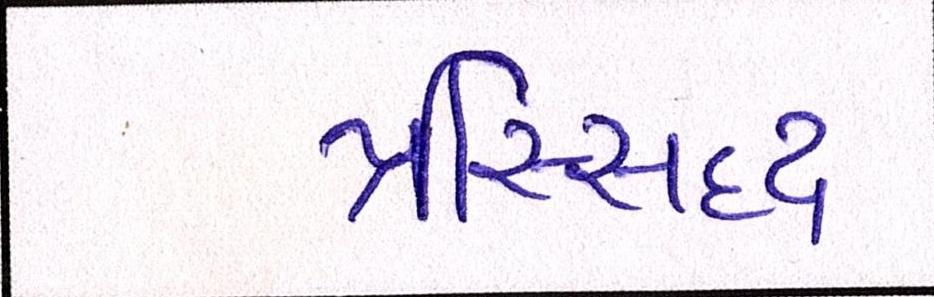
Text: પ્રસ્સિદ્ધ